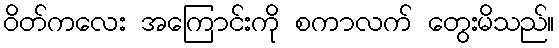
ဝိတ်ကလေး အကြောင်းကို စကာလက် တွေးမိသည်။